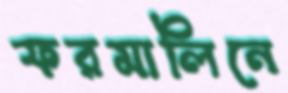
ফরমালিনে